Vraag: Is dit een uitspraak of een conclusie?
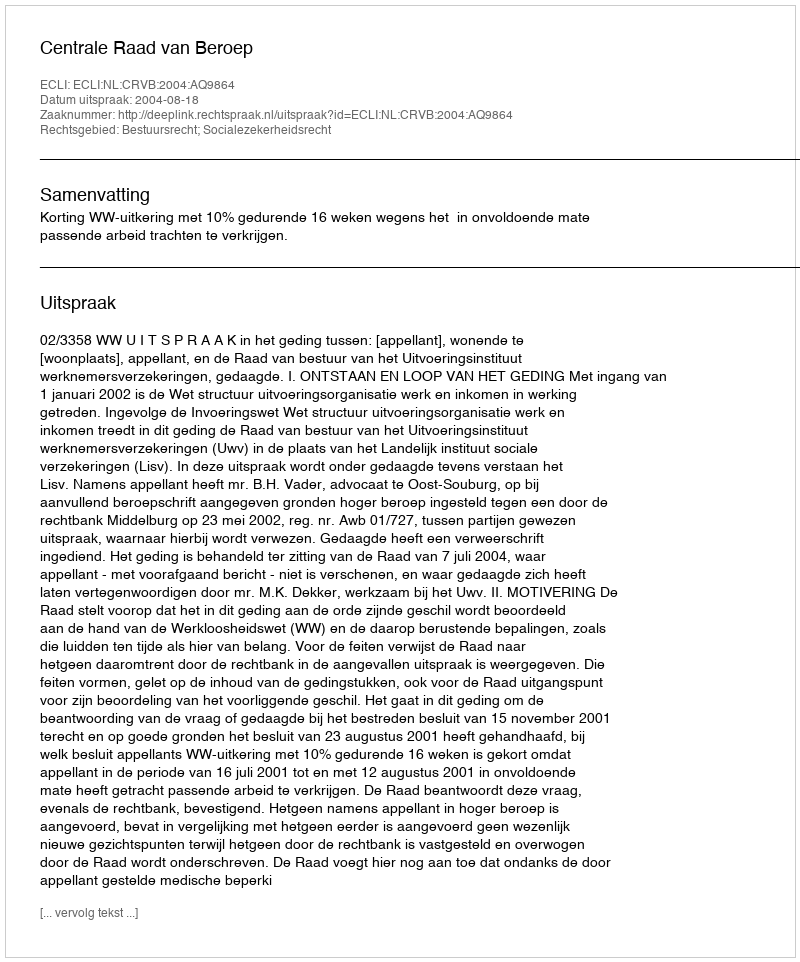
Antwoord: Uitspraak